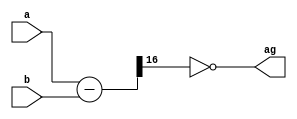
`timescale 1ns / 1ps

module comp16b
    (
        input [15:0] a, b,
        output ag
    );
    wire [16:0] ya, yb, y;
    assign {ya[16],ya[15:0]}={1'b0,a};
    assign {yb[16],yb[15:0]}={1'b0,b};
    assign y = ya-yb;
    assign ag = ~y[16];
endmodule